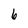
Character: 6